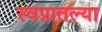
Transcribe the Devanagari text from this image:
स्वप्नातल्या